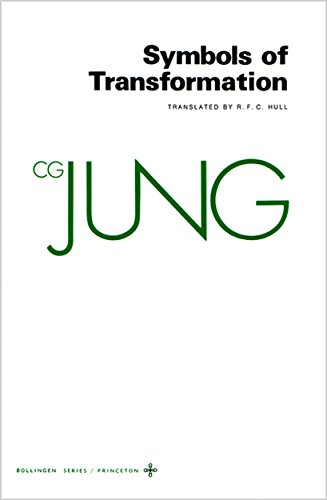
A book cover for Symbols of Transformation (Collected Works of C.G. Jung Vol.5); C. G. Jung; Medical Books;